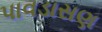
પાવડાસણ